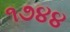
૧૭૪૪